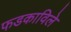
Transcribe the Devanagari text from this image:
फडकाविले